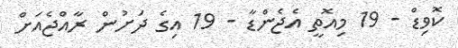
ކޮވިޑް - 19 މިއޮތީ އެޖެންޑާ - 19 އިގެ ދަށުން ރާއްޖެއަށް